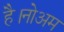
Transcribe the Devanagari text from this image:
है।नोअम